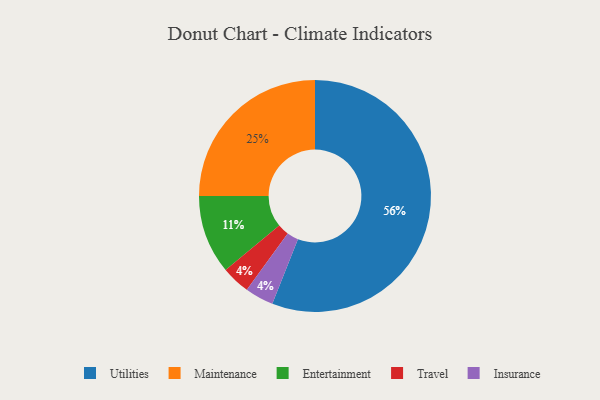
{"axis": {"x": "Category", "y": "Percentage"}, "legend": ["Entertainment", "Insurance", "Maintenance", "Travel", "Utilities"], "data": [{"x": "Entertainment", "y": 11, "type": "Entertainment"}, {"x": "Travel", "y": 4, "type": "Travel"}, {"x": "Utilities", "y": 56, "type": "Utilities"}, {"x": "Maintenance", "y": 25, "type": "Maintenance"}, {"x": "Insurance", "y": 4, "type": "Insurance"}]}